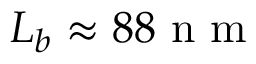
L _ { b } \approx 8 8 \mathrm { ~ n ~ m ~ }